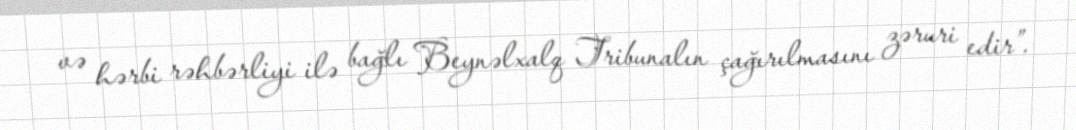
və hərbi rəhbərliyi ilə bağlı Beynəlxalq Tribunalın çağırılmasını zəruri edir”.